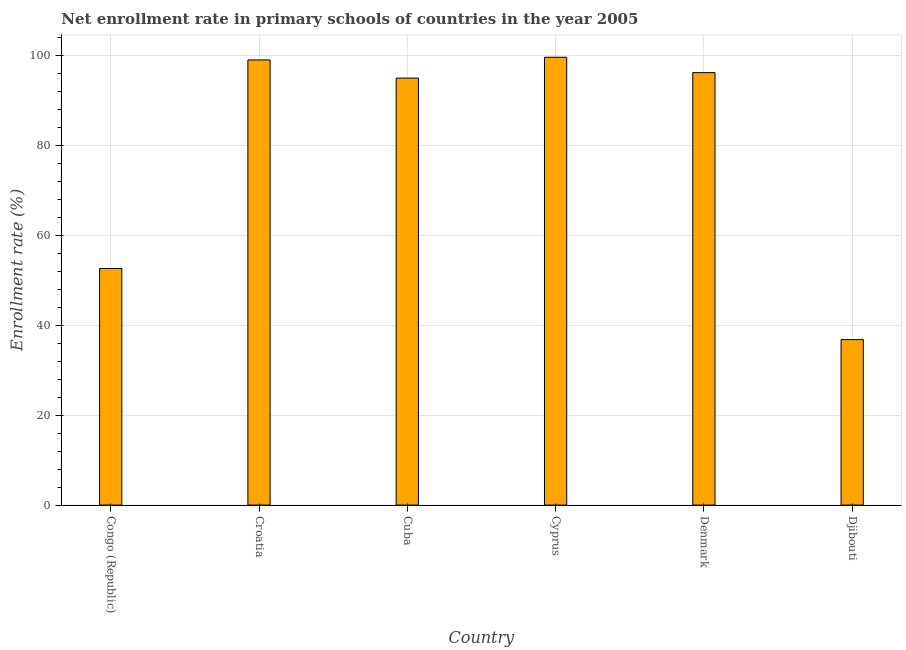
| Country | Adjusted net enrolment rate |
 | --- | --- |
 | Congo (Republic) | 52.7 |
 | Croatia | 99.1 |
 | Cuba | 95 |
 | Cyprus | 99.7 |
 | Denmark | 96.2 |
 | Djibouti | 36.8 |